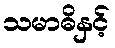
သမာဓိနှင့်